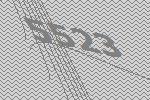
5523